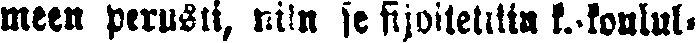
meen perusti, niin se sijoitettiin k.-koulul-